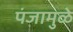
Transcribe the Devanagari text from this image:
पंजामुळे